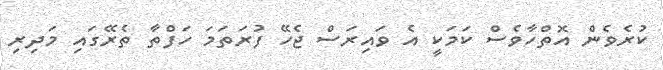
ކުރެވެން އޮތްހާވެސް ކަމަކީ އެ ވައިރަސް ޖެހޭ ފުރަތަމަ ހަފްތާ ތެރޭގައި މަދިރި